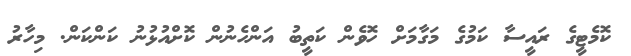
ކޮމެޓީގެ ރައީސާ ކަމުގެ މަގާމަށް ހޮވެން ކަތީބު އަންހެނުން ކޮށްއުޅުނު ކަންކަން. މިހާރު